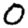
Digit: 0